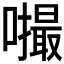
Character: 𪢚